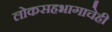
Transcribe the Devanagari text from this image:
लोकसहभागाचेही